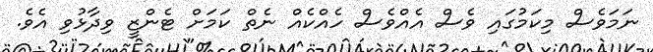
ނަމަވެސް މިކަމުގައި ވެސް އެއްވެސް ހެއްކެއް ނެތް ކަމަށް ޓެންޒީ ވިދާޅުވި އެވެ.